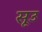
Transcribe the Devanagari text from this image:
सूउ